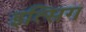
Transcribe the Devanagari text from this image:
इत्सिग